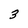
Character: 3